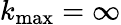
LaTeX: k_{\operatorname*{max}}=\infty